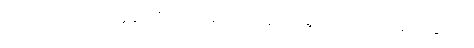
ကိုယ့်အဖေဝင်ငွေနဲ့ ကိုယ့်အိမ်ထောင်စု အကြောင်း ညို အသိဆုံးပါ။